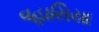
વહાસિયા